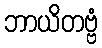
ဘာယိတဗ္ဗံ